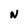
Character: N